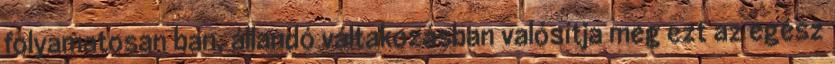
folyamatosan ban, állandó váltakozásban valósítja meg ezt az egész